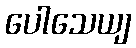
ပေါသေယျ